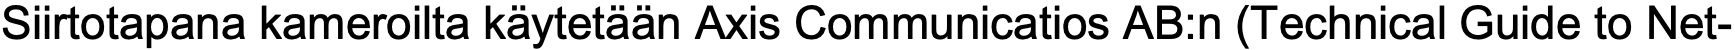
Siirtotapana kameroilta käytetään Axis Communicatios AB:n (Technical Guide to Net-